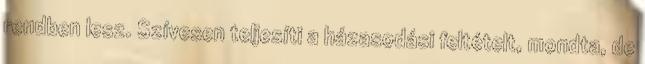
rendben lesz. Szíve­sen teljesíti a házasodási feltételt, mondta, de